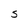
Character: S